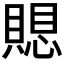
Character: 𮚗